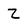
Character: Z